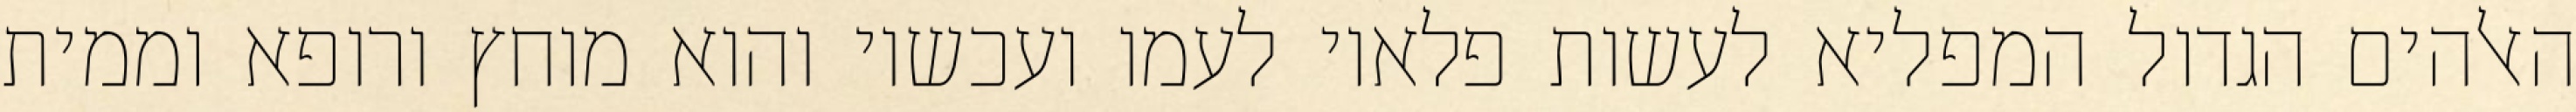
האלהים הגדול המפליא לעשות פלאיו לעמו ועכשיו והוא מוחץ ורופא וממית